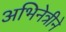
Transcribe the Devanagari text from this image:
अभिनेत्रीने